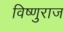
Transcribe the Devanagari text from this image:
विष्णुराज